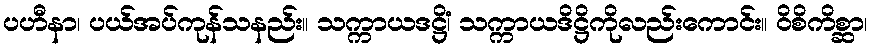
ပဟီနာ၊ ပယ်အပ်ကုန်သနည်း။ သက္ကာယဒဋ္ဌိံ၊ သက္ကာယဒိဋ္ဌိကိုလည်းကောင်း။ ဝိစိကိစ္ဆာ၊